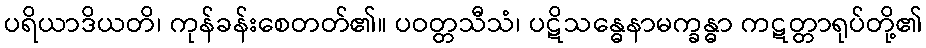
ပရိယာဒိယတိ၊ ကုန်ခန်းစေတတ်၏။ ပဝတ္တသီသံ၊ ပဋိသန္ဓေနာမက္ခန္ဓာ ကဋတ္တာရုပ်တို့၏